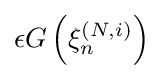
\epsilon G\left(\xi _{n}^{(N,i)}\right)